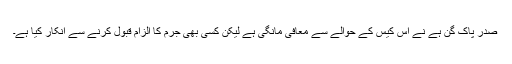
صدر پاک گُن ہے نے اس کیس کے حوالے سے معافی مانگی ہے لیکن کسی بھی جرم کا الزام قبول کرنے سے انکار کیا ہے۔